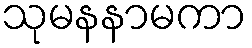
သုမနနာမကာ